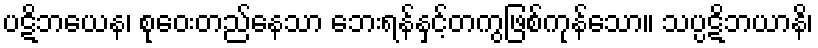
ပဋိဘယေန၊ စုဝေးတည်နေသာ ဘေးရန်နှင့်တကွဖြစ်ကုန်သော။ သပ္ပဋိဘယာနိ၊